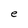
Character: e